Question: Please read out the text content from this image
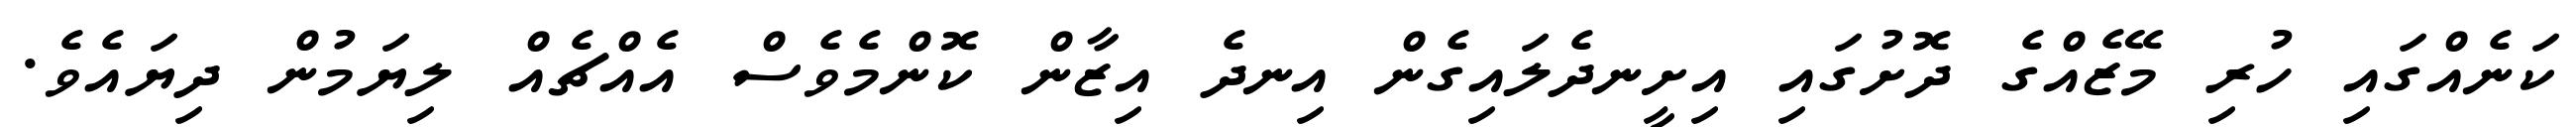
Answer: ކަނެއްގައި ހުރި މޭޒެއްގެ ދޮށުގައި އިށީނދެލައިގެން އިނދެ އިޒާން ކޮންމެވެސް އެއްޗެއް ލިޔަމުން ދިޔައެވެ.